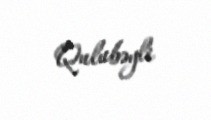
Qulubəyli